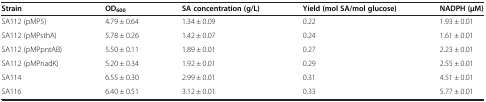
<table><thead><tr><td><b>Strain</b></td><td><b>OD<sub>600</sub></b></td><td><b>SA concentration (g/L)</b></td><td><b>Yield (mol SA/mol glucose)</b></td><td><b>NADPH (μM)</b></td></tr></thead><tbody><tr><td>SA112 (pMP5)</td><td>4.79 ± 0.64</td><td>1.34 ± 0.09</td><td>0.22</td><td>1.93 ± 0.01</td></tr><tr><td>SA112 (pMPsthA)</td><td>5.78 ± 0.26</td><td>1.42 ± 0.07</td><td>0.24</td><td>1.61 ± 0.01</td></tr><tr><td>SA112 (pMPpntAB)</td><td>5.50 ± 0.11</td><td>1.89 ± 0.01</td><td>0.27</td><td>2.23 ± 0.01</td></tr><tr><td>SA112 (pMPnadK)</td><td>5.20 ± 0.34</td><td>1.92 ± 0.01</td><td>0.29</td><td>2.55 ± 0.01</td></tr><tr><td>SA114</td><td>6.55 ± 0.30</td><td>2.99 ± 0.01</td><td>0.31</td><td>4.51 ± 0.01</td></tr><tr><td>SA116</td><td>6.40 ± 0.51</td><td>3.12 ± 0.01</td><td>0.33</td><td>5.77 ± 0.01</td></tr></tbody></table>